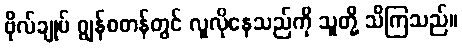
ဗိုလ်ချုပ် ဂျွန်စတန်တွင် လူလိုနေသည်ကို သူတို့ သိကြသည်။